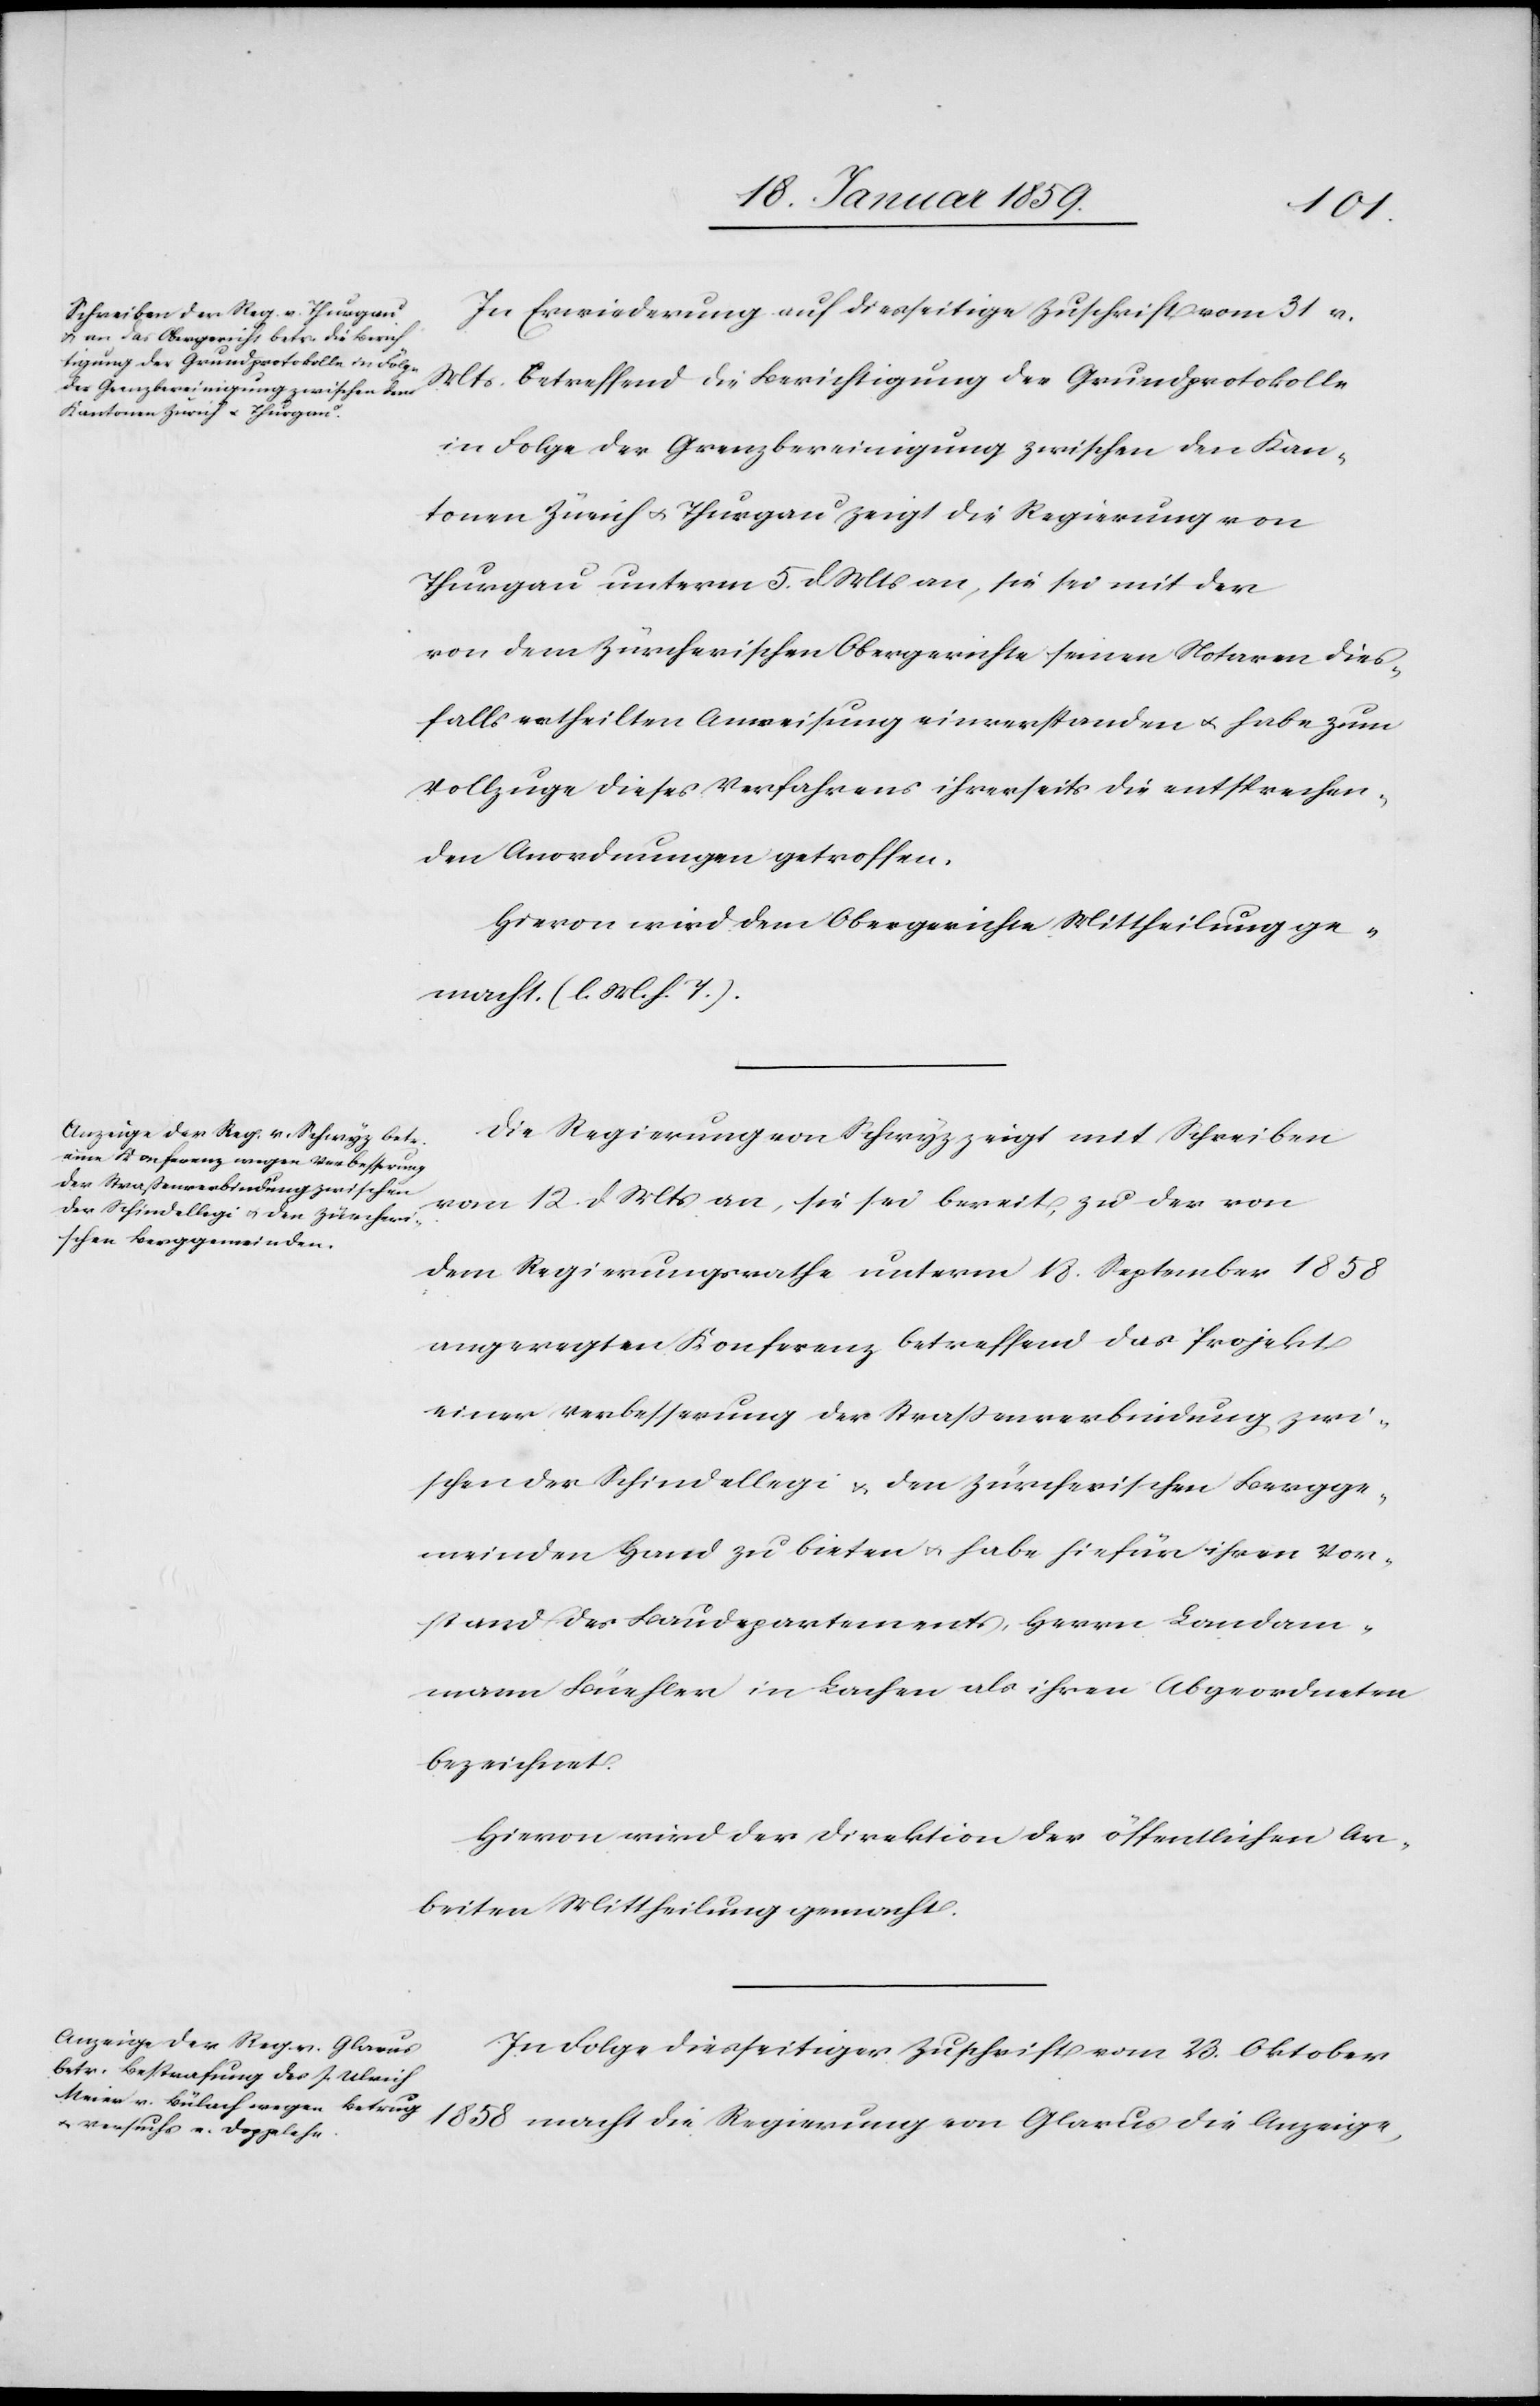
In Erwiederung auf diesseitige Zuschrift vom 31 v.
Mts. betreffend die Berichtigung der Grundprotokolle
in Folge der Grenzbereinigung zwischen den Kan¬
tonen Zürich u. Thurgau zeigt die Regierung von
Thurgau unterm 5. d Mts an, sie sei mit der
von dem Zürcherischen Obergerichte seinen Notaren dies¬
falls ertheilten Anweisung einverstanden u. habe zum
Vollzuge dieses Verfahrens ihrerseits die entsprechen¬
den Anordnungen getroffen.
Hievon wird dem Obergerichte Mittheilung ge¬
macht. (l. M. h. T.).
Die Regierung von Schwyz zeigt mit Schreiben
vom 12. d Mts an, sie sei bereit, zu der von
dem Regierungsrathe unterm 18. September 1858
angeregten Konferenz betreffend das Projekt
einer Verbesserung der Straßenverbindung zwi¬
schen der Schindellegi u. den zürcherischen Bergge¬
meinden Hand zu bieten u. habe hiefür ihren Vor¬
stand des Baudepartements, Herrn Landam¬
mann Büehler in Laufen als ihren Abgeordneten
bezeichnet.
Hievon wird der Direktion der öffentlichen Ar¬
beiten Mittheilung gemacht.
In Folge diesseitiger Zuschrift vom 23. Oktober
1858 macht die Regierung von Glarus die Anzeige,